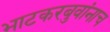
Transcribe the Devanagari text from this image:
भाटकरबुवांनाच